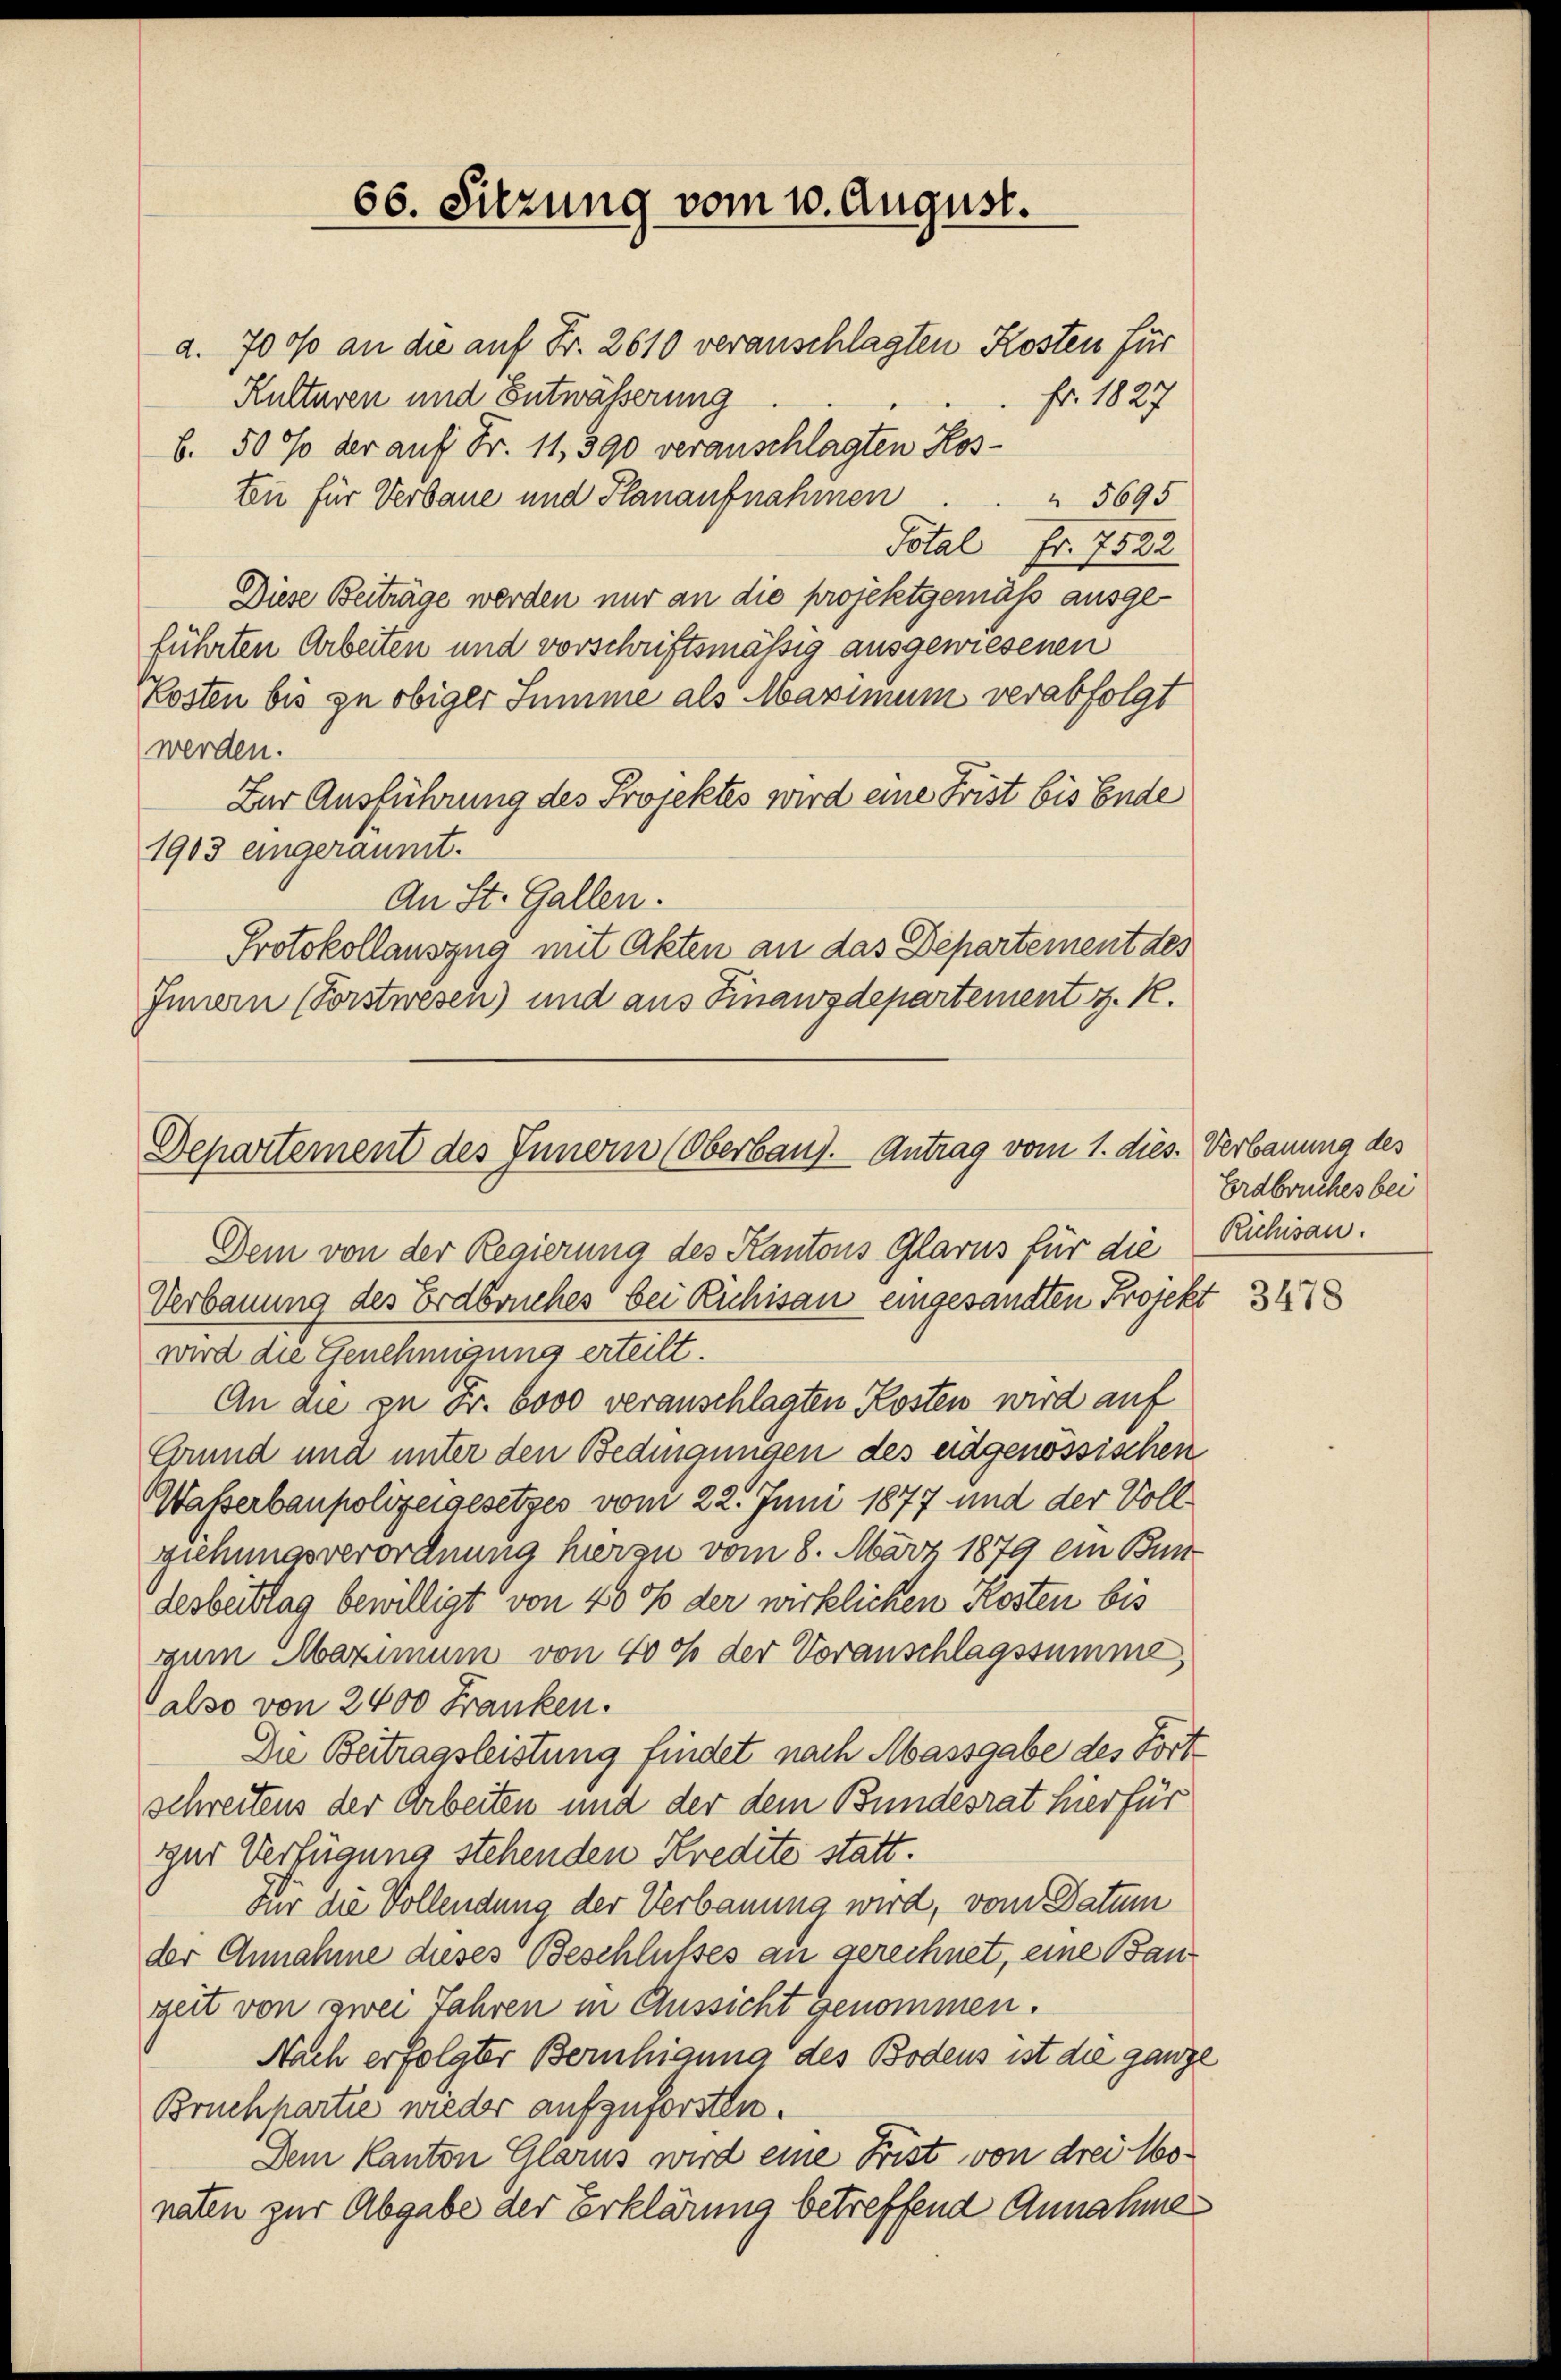
66. Sitzung vom 10. August.

a. 700 an die auf Fr. 2610 veranschlagten Kosten für
Kulturen und Entwässerung
b. 50 % der auf Fr. 11, 390 veranschlagten Kosten für Verbaue und Planaufnahmen
Diese Beiträge werden nur an die projektgemäss ausgeführten Arbeiten und vorschriftsmäßig ausgewiesenen
Kosten bis zu obiger Summe als Maximum verabfolgt
werden.
Zur Ausführung des Projektes wird eine Frist bis Ende
1903 eingeräumt.
An St. Gallen.
Protokollauszug mit Akten an das Departement des
Innern (Forstwesen) und aus Finanzdepartement z. K.

Departement des Innern (Oberbaus. Antrag vom 1. dies. Verbauung des

fr. 1827.
5695
Total Fr. 7522

Dem von der Regierung des Kantons Glarus für die
Verbauung des Erdbruches bei Richisau eingesandten Projekt 347
wird die Genehmigung erteilt.
An die zu Fr. 6000 veranschlagten Kosten wird auf
Grund und unter den Bedingungen des eidgenössischen
Wasserbaupolizeigesetzes vom 22. Juni 1877 und der Vollziehungsverordnung hierau vom 8. März 1879 ein Bun-
desbeittag bewilligt von 400 der wirklichen Kosten bis
zum Maximum von 4000 der Voranschlagssumme,
also von 2400 Franken.
Die Beitragsleistung findet nach Massgabe des Fortschreitens der Arbeiten und der dem Bundesrat hier für
gut Verfügung stehenden Kredite statt.
Für die Vollendung der Verbauung wird, vom Datum
der Annahme dieses Beschlußes an gerechnet, eine Bauzeit von zwei Jahren in Aussicht genommen.
Nach erfolgter Beruhigung des Bodens ist die ganze
Bruchpartie wieder aufzuforsten.
Dem Kanton Glarus wird eine Frist von drei Monaten zur Abgabe der Erklärung betreffend Annahme

Erdbruches bei
Richisau.